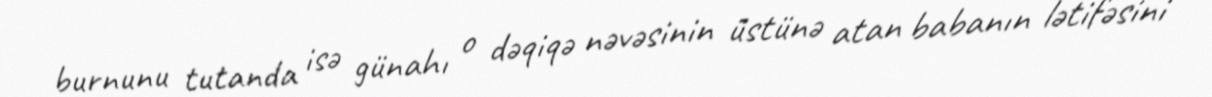
burnunu tutanda isə günahı o dəqiqə nəvəsinin üstünə atan babanın lətifəsini